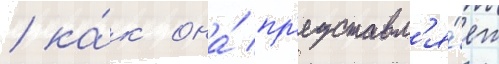
/ ка́к она́ пр'едставл'я́ет